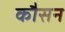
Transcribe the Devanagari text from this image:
कौसन